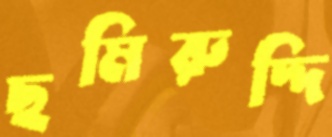
ছমিরুদ্দি